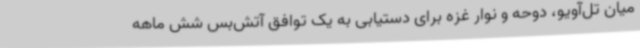
میان تل‌آویو، دوحه و نوار غزه برای دستیابی به یک توافق آتش‌بس شش ماهه